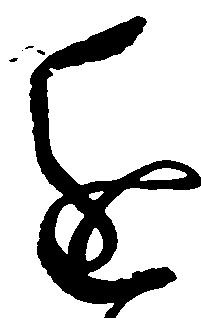
進